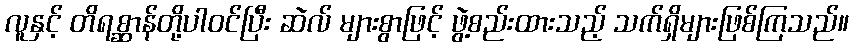
လူနှင့် တိရစ္ဆာန်တို့ပါဝင်ပြီး ဆဲလ် များစွာဖြင့် ဖွဲ့စည်းထားသည့် သက်ရှိများဖြစ်ကြသည်။